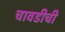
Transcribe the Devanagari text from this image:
चावडीची